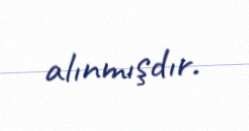
alınmışdır.